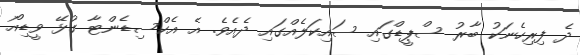
ދެ ފިރިހެނަކު ބާރު ސްޕީޑްގައި ސައިކަލެއްގައި ދެއެވެ. އެ އެކްސިޑެންޓާ ގުޅޭ ވީޑިއޯ